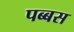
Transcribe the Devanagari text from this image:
पब्बस